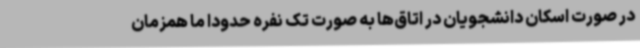
در صورت اسکان دانشجویان در اتاق‌ها به صورت تک نفره حدودا ما همزمان